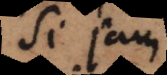
Si jam